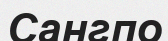
Сангпо